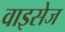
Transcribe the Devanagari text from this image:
वाइसेज